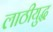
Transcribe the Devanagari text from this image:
लाठीयुद्ध